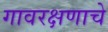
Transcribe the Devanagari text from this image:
गावरक्षणाचे